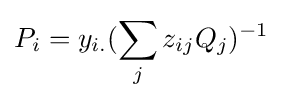
P_{i}=y_{i.}(\sum _{j}z_{ij}Q_{j})^{-1}